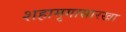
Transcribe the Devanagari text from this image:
शहामृगासारखा